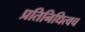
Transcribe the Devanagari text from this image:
प्रतिनिधित्वच